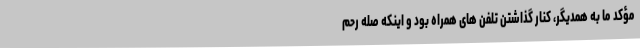
مؤکد ما به همدیگر، کنار گذاشتن تلفن های همراه بود و اینکه صله رحم